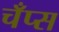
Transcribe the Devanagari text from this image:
चँप्स